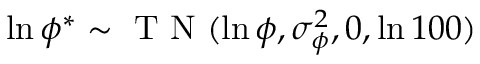
\ln \phi ^ { * } \sim \mathrm { ~ T ~ N ~ } ( \ln \phi , \sigma _ { \phi } ^ { 2 } , 0 , \ln 1 0 0 )